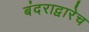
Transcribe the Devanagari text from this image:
बंदराद्वारेच